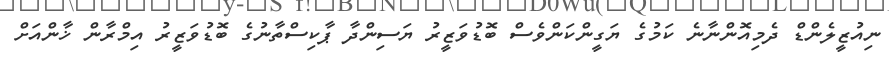
ނިއުޒީލެންޑް ދެމިއޮންނާނެ ކަމުގެ ޔަގީންކަންވެސް ބޮޑުވަޒީރު ޔަސިންދާ ޕާކިސްތާނުގެ ބޮޑުވަޒީރު އިމްރާން ޚާންއަށް